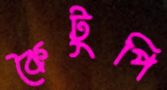
কৈটুপি